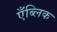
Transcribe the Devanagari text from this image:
एँब्लिक